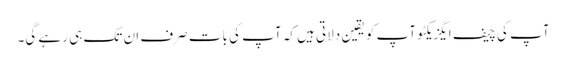
آپ کی چیف ایگزیکٹو آپ کو یقین دلاتی ہیں کہ آپ کی بات صرف ان تک ہی رہے گی۔